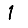
Digit: 1